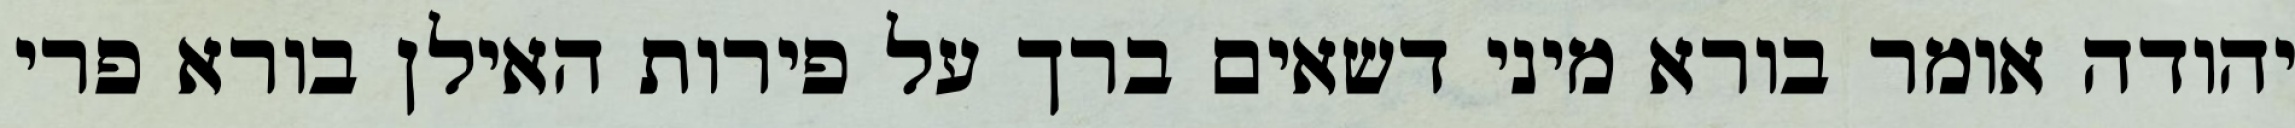
יהודה אומר בורא מיני דשאים ברך על פירות האילן בורא פרי